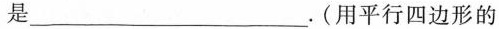
是___.(用平行四边形的